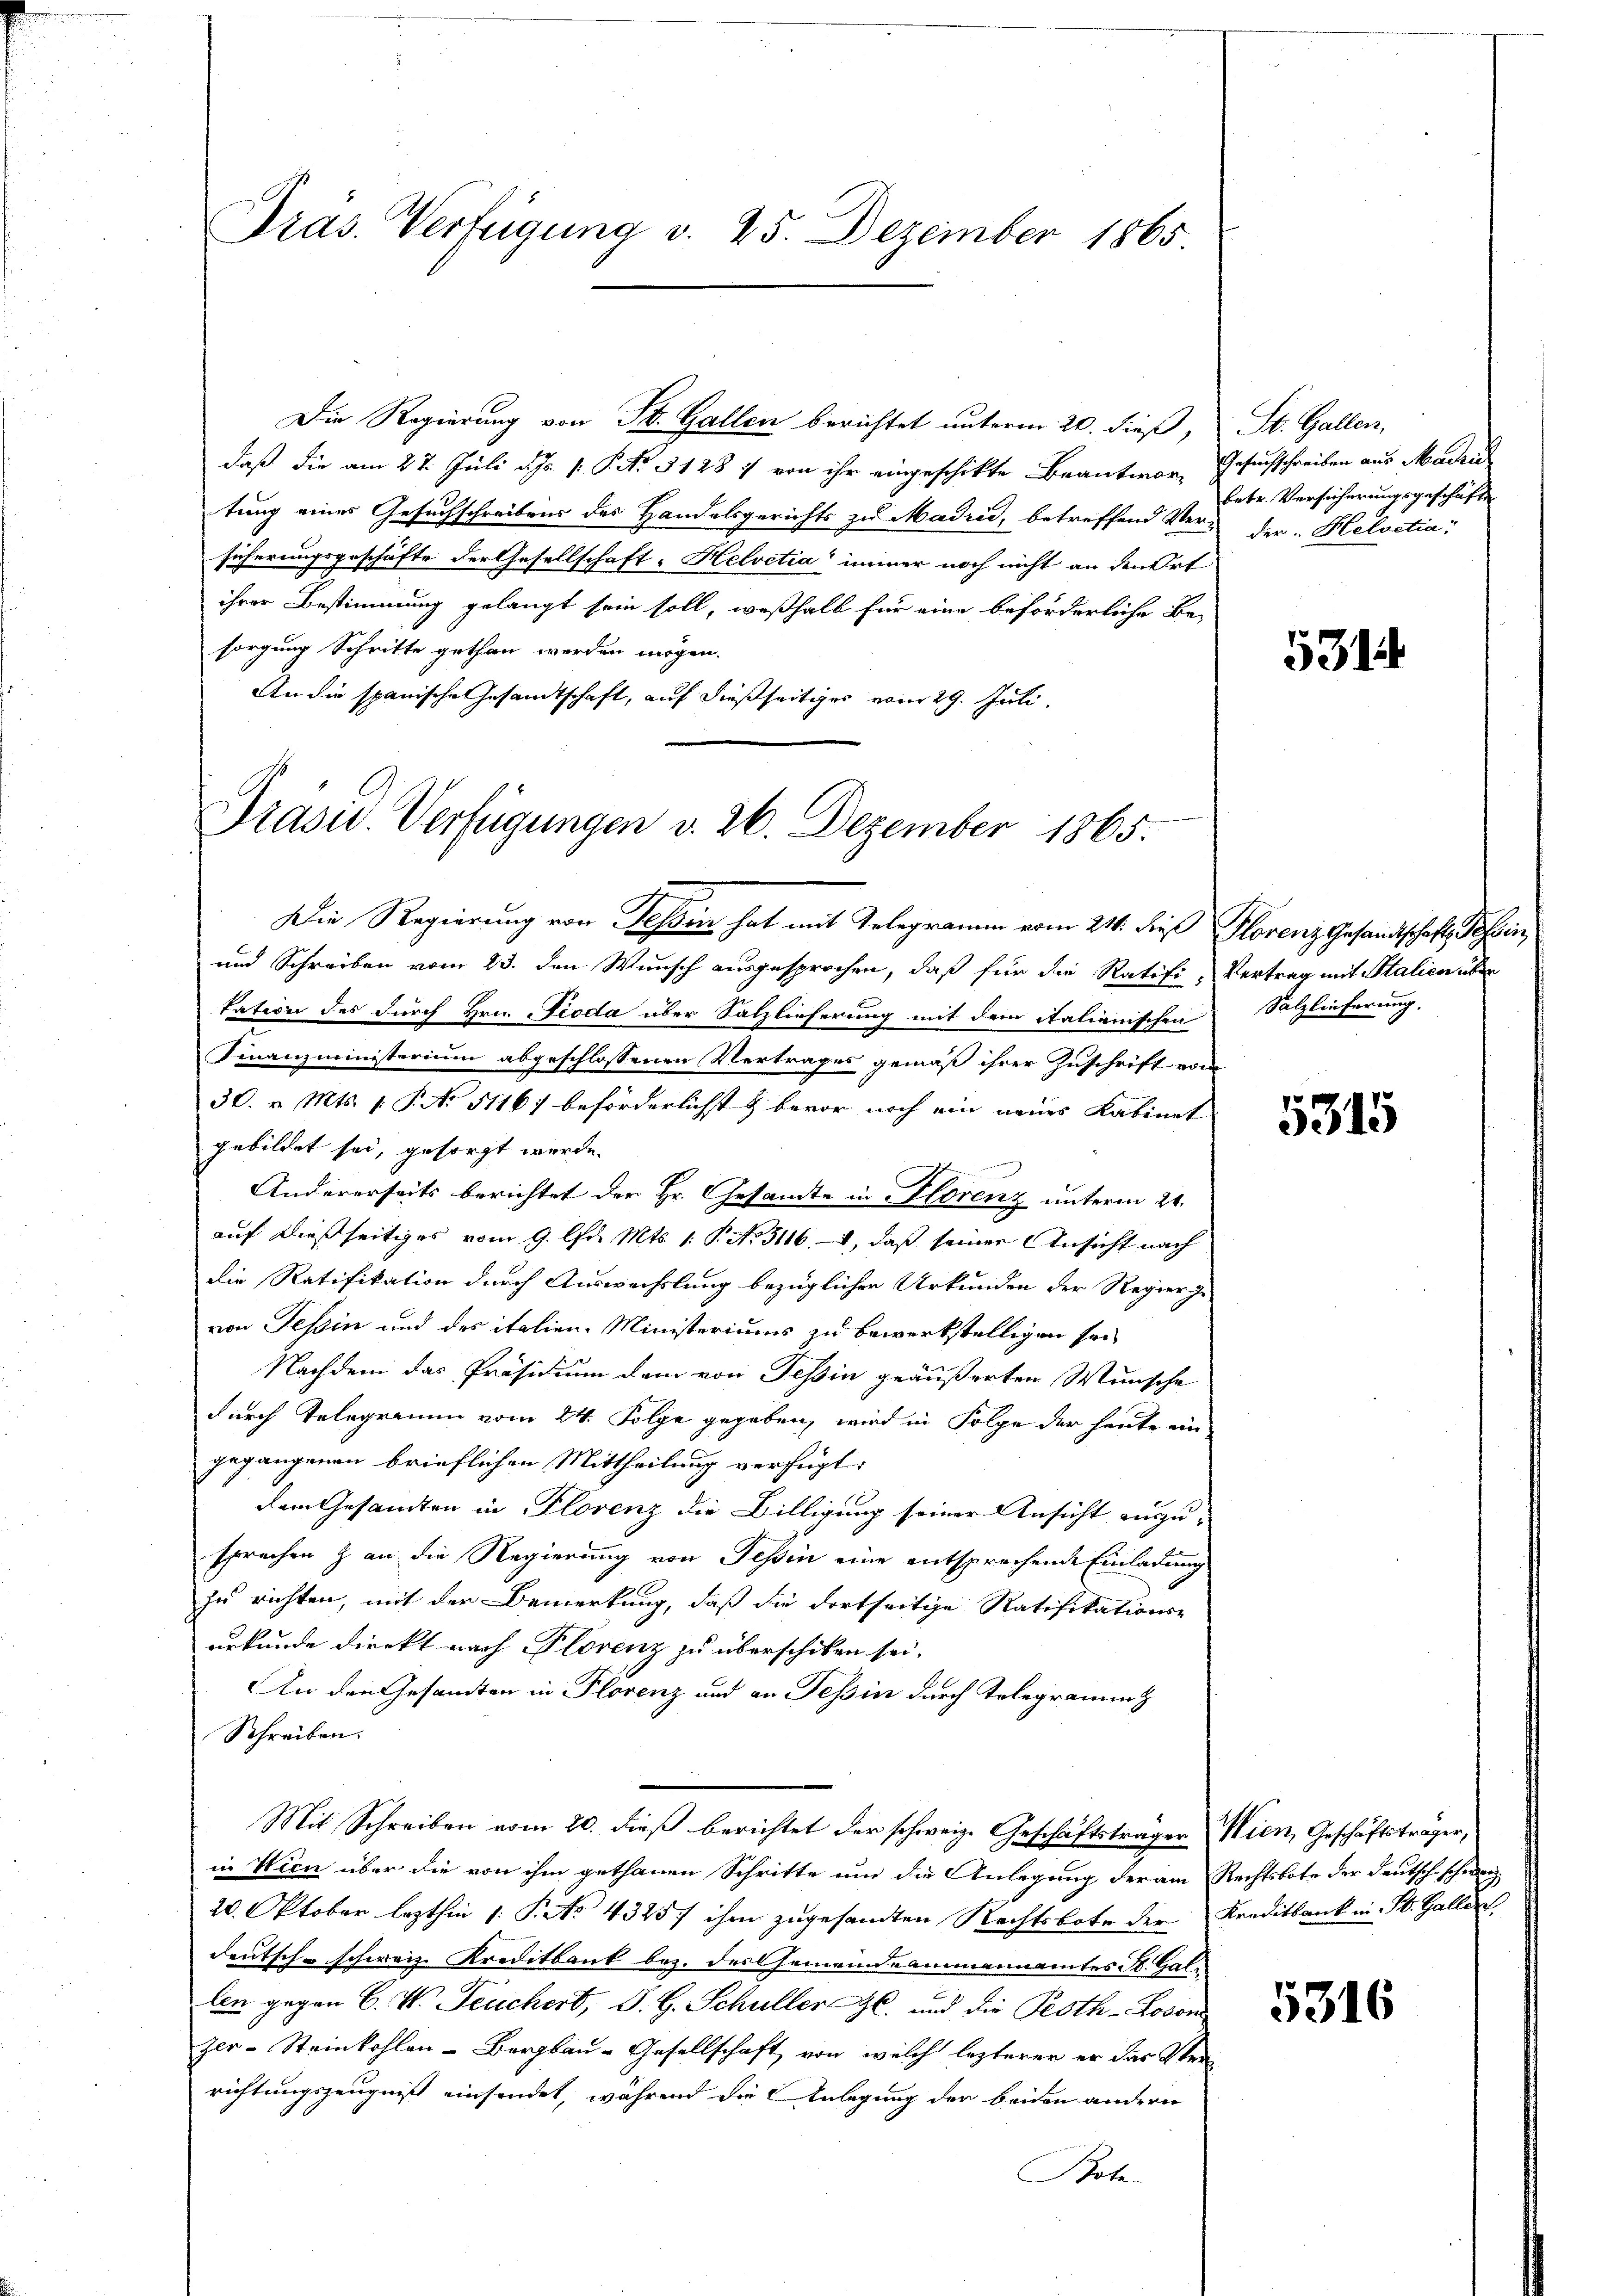
Präs. Verfügung v. 25. Dezember 1865.

daß die am 27. Juli d. 1. P. Nr. 31287 von ihr eingeschikte Beantwor- Gesuchschreiben aus Mader
tung eines Gesuchschreibens des Handelsgerichts zu Madrid, betreffend Versicherungsgeschäfte der Gesellschaft- Helvetia immer noch nicht an den Ort
ihrer Bestimmung gelangt sein soll, weßhalb für eine beförderliche Besorgung Schritte gethan werden mögen.
An die spanische Gesandtschaft, auf dießseitiges vom 29. Juli.

Präsid.. Verfügungen v. 26. Dezember 1865.

Die Regierung von Teßin hat mit Telegramm vom 21. dieß Florenz Gesandtschaft, Tessin,
und Schreiben vom 23. den Wunsch ausgesprochen, daß für die Ratifi- Vertrag mit Stalien über
kation des durch Hrn. Proda über Salzlieferung mit dem italienischen
Finanzministerium abgeschlossenen Vertrages gemäß ihrer Zuschrift von
30. v. Mts. 1. P. No 5116) beförderlichst & bevor noch ein neues Kabinet
gebildet sei, gesorgt werde.
Andererseits berichtet der Hr. Gesamte in Florenz unterm 21.
auf dießseitiges vom 9. Chr. Mts. 1. P. No. 5116, 2, daß seiner Ansicht nach
die Ratifikation durch Auswechslung bezüglichen Urkunden der Regierige
von Tessin und des italien-Ministeriums zu bewerkstelligen sei
Nachdem das Präsidium dem von Tessin geäußerten Wunsche
durch Telegerium vom 24. Folge gegeben, wird in Folge der heute ein
gegangenen brieflichen Mittheilung verfügt:
dem Gesandten in Florenz die Billigung seiner Ansicht auszusprachen & an die Regierung von Tessin eine entsprechende Einladung
zu richten, mit der Bemerkung, daß die Fortseitige Ratifikations-
urkunde direkt nach Florenz zu überschiken sei.
An den Gesandten in Florenz und an Tessin durch Telegramm
Schreiben.
Mit Schreiben vom 20. dieß berichtet der schweiz. Geschäftsträger Wien, Geschäftsträger,
in Wien über die von ihm gethanen Schritte um die Anlegung der am Rechtsbote der deutsch schweiz
20. Oktober lezthin 1. P. Nr. 4325f ihm zugesandten Rechtsbote der Kreditbank in St. Galler,
deutsch-schweiz. Kreditbank bez. des Gemeindeammannamtes St. Gallen gegen C. V. Feuchert, S. G. Schuller l. und die Pesth-Lovon
zer-Steinkohlen-Bergbau-Gesellschaft von welch lezterer er das Ster
richtungszeugniß einsendet, während die Anlegung der beiden andern
Bote

Die Regierung von St. Gallen berichtet unterm 20. dieß, St. Gallen,

betr. Versicherungsgeschäfte
der. Helvetia:

531

Salzlieferung.

5315

5316